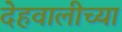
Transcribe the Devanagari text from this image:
देहवालीच्या